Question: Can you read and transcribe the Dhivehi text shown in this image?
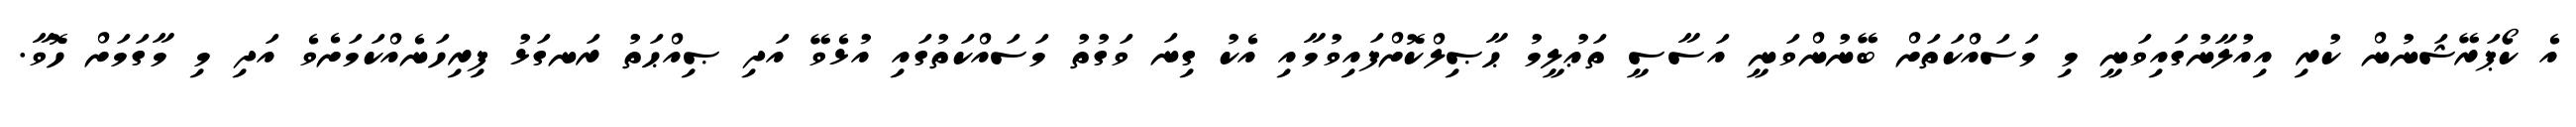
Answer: އެ ކޯޕަރޭޝަނުން ކުރި އިއުލާނުގައިވަނީ މި މަސައްކަތަށް ބޭނުންވަނީ އަސާސީ ތަޢުލީމު ޙާޞިލްކޮށްފައިވުމާއި އެކު ގިނަ ވަގުތު މަސައްކަތުގައި އުޅެވޭ އަދި ޞިއްޙަތު ރަނގަޅު ފިރިހަނެއްކަމަށެވެ އަދި މި މާގަމަށް ހޮވާ.